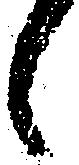
候